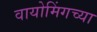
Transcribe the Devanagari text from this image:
वायोमिंगच्या